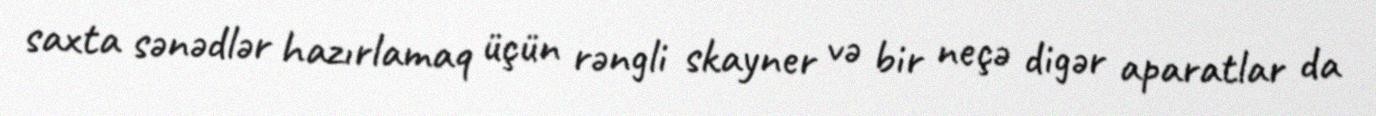
saxta sənədlər hazırlamaq üçün rəngli skayner və bir neçə digər aparatlar da